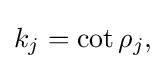
{\textstyle k_{j}=\cot \rho _{j},}